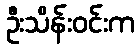
ဦးသိန်းဝင်းက